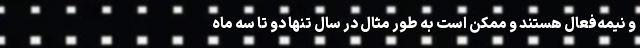
و نیمه‌فعال هستند و ممکن است به طور مثال در سال تنها دو تا سه ماه